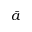
\breve { a }